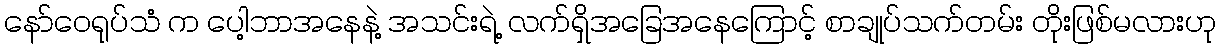
နော်ဝေရုပ်သံ က ပေါ့ဘာအနေနဲ့ အသင်းရဲ့ လက်ရှိအခြေအနေကြောင့် စာချုပ်သက်တမ်း တိုးဖြစ်မလားဟု